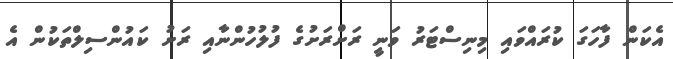
އެކަން ފާހަގަ ކުރައްވައި މިނިސްޓަރު ވަނީ ރަށްރަށުގެ ފުލުހުންނާއި ރަށު ކައުންސިލްތަކުން އެ